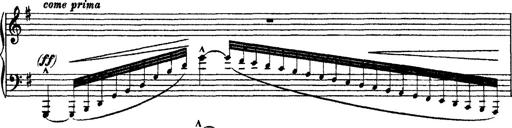
Title: Ã‰tudes d'exÃ©cution transcendante d'aprÃ¨s Paganini
Composer: Franz Liszt